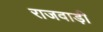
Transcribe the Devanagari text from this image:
राजवाड़ी